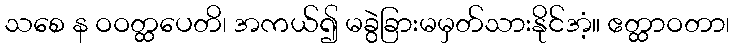
သစေ န ဝဝတ္ထပေတိ၊ အကယ်၍ မခွဲခြားမမှတ်သားနိုင်အံ့။ ဧတ္ထာဝတာ၊